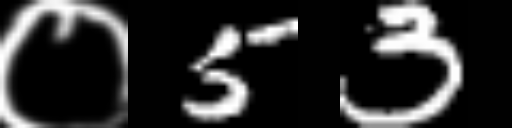
Text: ०53